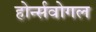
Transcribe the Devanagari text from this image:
होर्न्सवोगल